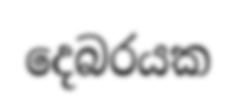
දෙබරයක